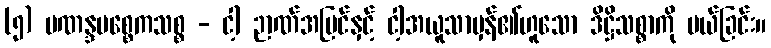
(၅) ပဏန္ဒပစ္စေကသစ္စ - ငါ့ ဉာဏ်အမြင်နှင့် ငါ့အယူသာမှန်၏ဟူသော ဒိဋ္ဌိသစ္စာကို ပယ်ခြင်း။